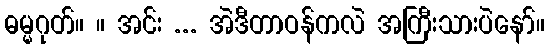
ဓမ္မဂုတ်။ ။ အင်း ... အဲဒီတာဝန်ကလဲ အကြီးသားပဲနော်။